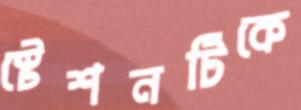
স্টেশনটিকে